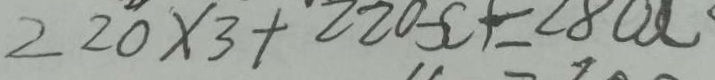
2 2 0 \times 3 + 2 2 0 x = 2 8 0 x